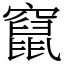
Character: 竄